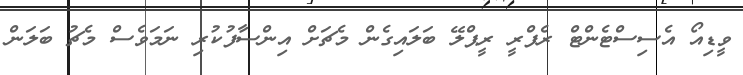
ވީޑިއޯ އެސިސްޓެންޓް ރެފްރީ ރީޕްލޭ ބަލައިގެން މެޗަށް އިންސާފުކުރި ނަމަވެސް މެޗު ބަލަން